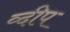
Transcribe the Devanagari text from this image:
व्दीप